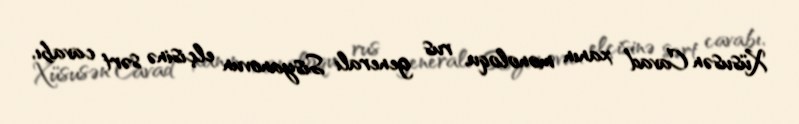
Xüsusən Cavad xanın monoloqu, rus generalı Sisyanovun elçisinə sərt cavabı,